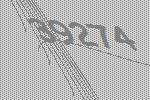
39274